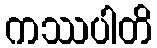
ကဿပါတိ